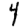
Digit: 4